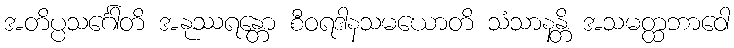
အတိပ္ပသင်္ဂေါတိ အနုဿရန္တော စီဝရဒါနသမယောတိ သံသာနန္တိ အသမတ္ထဘာဝေါ